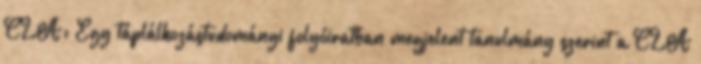
CLA: Egy táplálkozástudományi folyóiratban megjelent tanulmány szerint a CLA